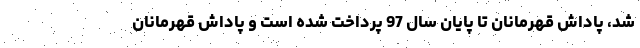
شد، پاداش قهرمانان تا پایان سال 97 پرداخت شده است و پاداش قهرمانان